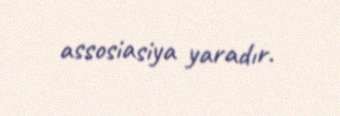
assosiasiya yaradır.